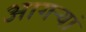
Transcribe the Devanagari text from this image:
आगऱ्यां